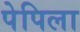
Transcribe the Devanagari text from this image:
पेपिला